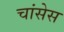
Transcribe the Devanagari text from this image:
चांसेस